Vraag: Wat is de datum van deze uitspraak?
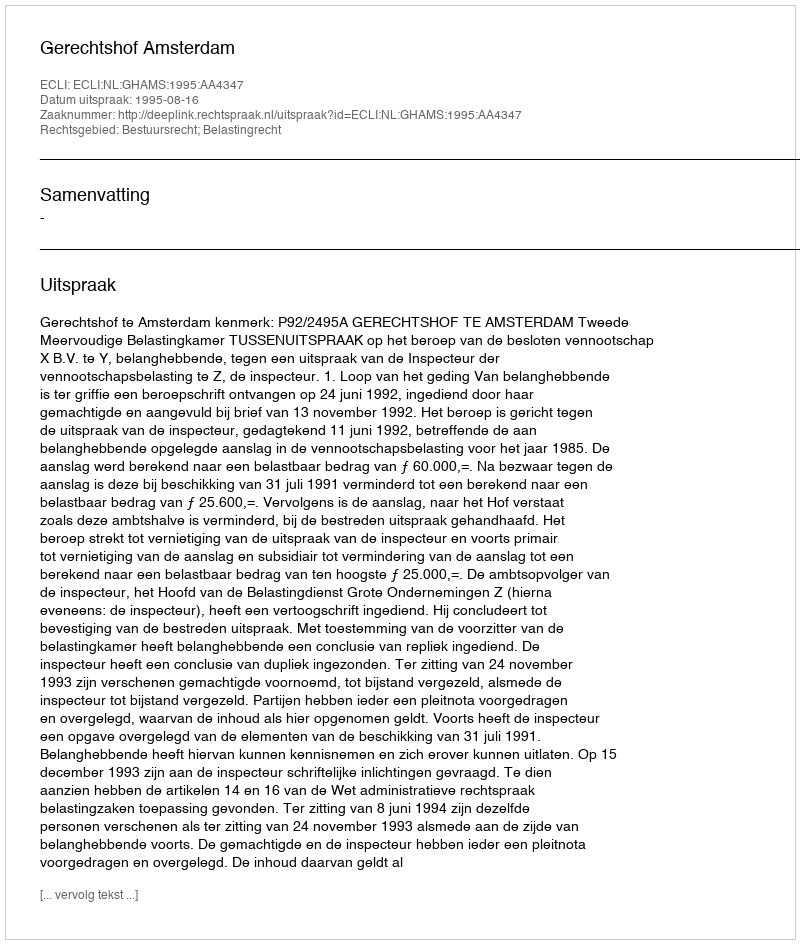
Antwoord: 1995-08-16